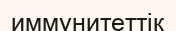
иммунитеттік